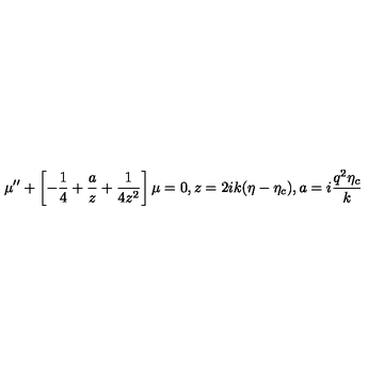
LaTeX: \mu ^ { \prime \prime } + \left[ - \frac { 1 } { 4 } + \frac { a } { z } + \frac { 1 } { 4 z ^ { 2 } } \right] \mu = 0 , z = 2 i k ( \eta - \eta _ { c } ) , a = i \frac { q ^ { 2 } \eta _ { c } } { k }